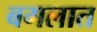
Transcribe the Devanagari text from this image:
बगलात